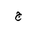
Letter: _gim